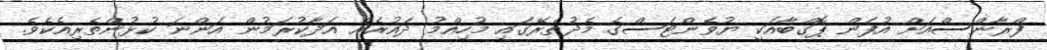
ފްރާންސްއަށް އުފަން ޕޮގްބާއަކީ ޔުވެންޓަސްގެ މެދުތެރޭގައި މުހިއްމު ދައުރެއް އަދާކުރަމުން އަންނަ ކުޅުންތެރިއެކެވެ.